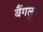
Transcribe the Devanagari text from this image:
बैंगलुर